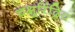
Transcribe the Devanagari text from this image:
चक्षुरिंद्रिय